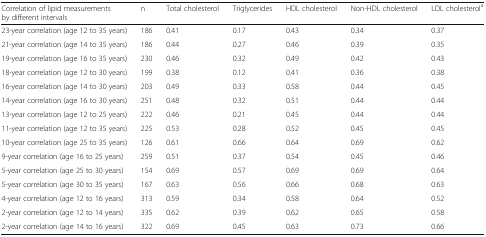
<table><thead><tr><td><b>Correlation of lipid measurements by different intervals</b></td><td><b>n</b></td><td><b>Total cholesterol</b></td><td><b>Triglycerides</b></td><td><b>HDL cholesterol</b></td><td><b>Non-HDL cholesterol</b></td><td><b>LDL cholesterol<sup>a</sup></b></td></tr></thead><tbody><tr><td>23-year correlation (age 12 to 35 years)</td><td>186</td><td>0.41</td><td>0.17</td><td>0.43</td><td>0.34</td><td>0.37</td></tr><tr><td>21-year correlation (age 14 to 35 years)</td><td>186</td><td>0.44</td><td>0.27</td><td>0.46</td><td>0.39</td><td>0.35</td></tr><tr><td>19-year correlation (age 16 to 35 years)</td><td>230</td><td>0.46</td><td>0.32</td><td>0.49</td><td>0.42</td><td>0.43</td></tr><tr><td>18-year correlation (age 12 to 30 years)</td><td>199</td><td>0.38</td><td>0.12</td><td>0.41</td><td>0.36</td><td>0.38</td></tr><tr><td>16-year correlation (age 14 to 30 years)</td><td>203</td><td>0.49</td><td>0.33</td><td>0.58</td><td>0.44</td><td>0.45</td></tr><tr><td>14-year correlation (age 16 to 30 years)</td><td>251</td><td>0.48</td><td>0.32</td><td>0.51</td><td>0.44</td><td>0.44</td></tr><tr><td>13-year correlation (age 12 to 25 years)</td><td>222</td><td>0.46</td><td>0.21</td><td>0.45</td><td>0.44</td><td>0.44</td></tr><tr><td>11-year correlation (age 12 to 35 years)</td><td>225</td><td>0.53</td><td>0.28</td><td>0.52</td><td>0.45</td><td>0.45</td></tr><tr><td>10-year correlation (age 25 to 35 years)</td><td>126</td><td>0.61</td><td>0.66</td><td>0.64</td><td>0.69</td><td>0.62</td></tr><tr><td>9-year correlation (age 16 to 25 years)</td><td>259</td><td>0.51</td><td>0.37</td><td>0.54</td><td>0.45</td><td>0.46</td></tr><tr><td>5-year correlation (age 25 to 30 years)</td><td>154</td><td>0.69</td><td>0.57</td><td>0.69</td><td>0.69</td><td>0.64</td></tr><tr><td>5-year correlation (age 30 to 35 years)</td><td>167</td><td>0.63</td><td>0.56</td><td>0.66</td><td>0.68</td><td>0.63</td></tr><tr><td>4-year correlation (age 12 to 16 years)</td><td>313</td><td>0.59</td><td>0.34</td><td>0.58</td><td>0.64</td><td>0.52</td></tr><tr><td>2-year correlation (age 12 to 14 years)</td><td>335</td><td>0.62</td><td>0.39</td><td>0.62</td><td>0.65</td><td>0.58</td></tr><tr><td>2-year correlation (age 14 to 16 years)</td><td>322</td><td>0.69</td><td>0.45</td><td>0.63</td><td>0.73</td><td>0.66</td></tr></tbody></table>